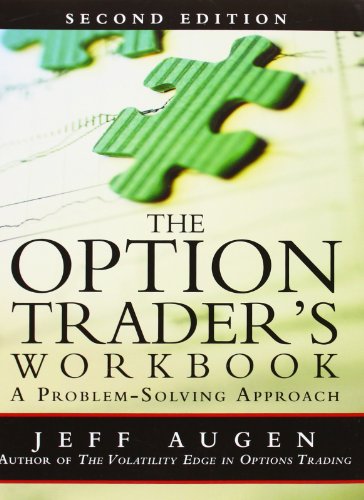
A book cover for The Option Trader's Workbook: A Problem-Solving Approach (2nd Edition); Jeff Augen; Business & Money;